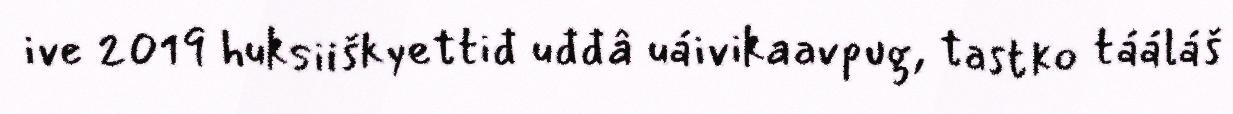
ive 2019 huksiiškyettiđ uđđâ uáivikaavpug, tastko tááláš